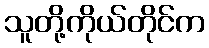
သူတို့ကိုယ်တိုင်က